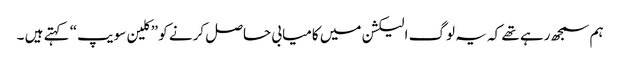
ہم سمجھ رہے تھے کہ یہ لوگ الیکشن میں کامیابی حاصل کرنے کو ”کلین سویپ“ کہتے ہیں ۔